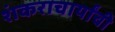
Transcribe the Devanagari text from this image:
शंकराचार्यांची